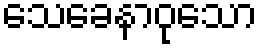
သေခေနာဝုသော